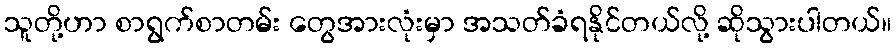
သူတို့ဟာ စာရွက်စာတမ်း တွေအားလုံးမှာ အသတ်ခံရနိုင်တယ်လို့ ဆိုသွားပါတယ်။